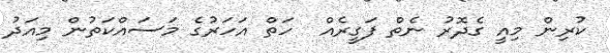
ކުރިން މިއީ ގެދޮރު ނެތް ފަގީރެއް  ހަތް އަހަރުގެ މަސައްކަތުން މިއަދު